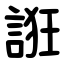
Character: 誑